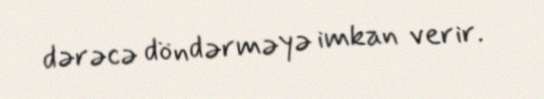
dərəcə döndərməyə imkan verir.